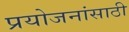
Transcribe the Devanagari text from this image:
प्रयोजनांसाठी